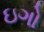
ઇગો